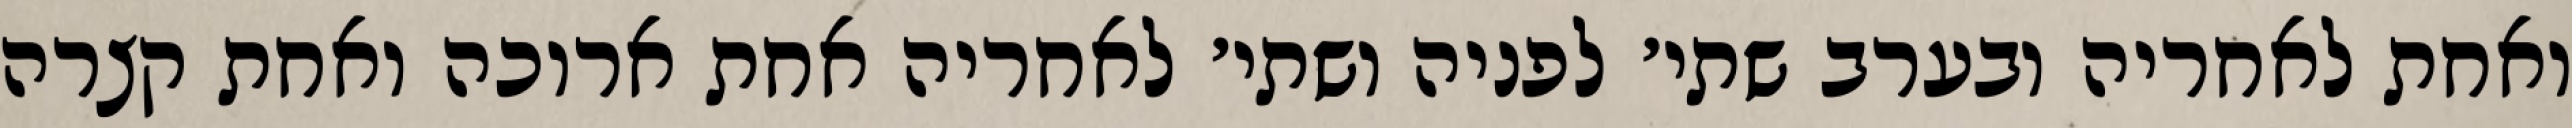
ואחת לאחריה ובערב שתי׳ לפניה ושתי׳ לאחריה אחת ארוכה ואחת קצרה